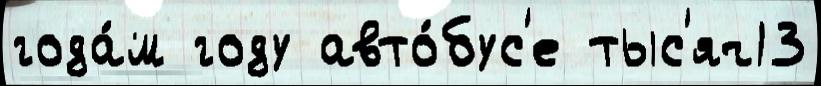
года́м году авто́бус'е тыс'яч13